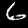
Label: 6